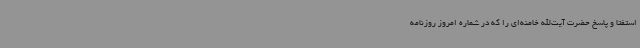
استفتا و پاسخ حضرت آیت‌الله خامنه‌ای را که در شماره امروز روزنامه